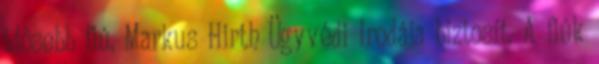
idôsebb fiú, Markus Hirth Ügyvédi Irodája biztosít. A fiúk